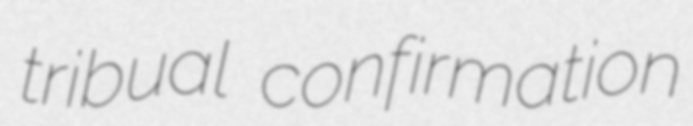
tribual confirmation